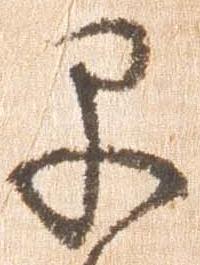
早